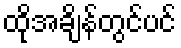
ထိုအချိန်တွင်ပင်